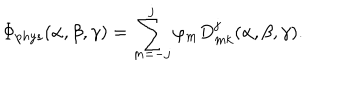
\Phi _ { p h y s } ( \alpha , \beta , \gamma ) = \sum _ { m = - j } ^ { j } \varphi _ { m } D _ { m k } ^ { j } ( \alpha , \beta , \gamma ) .